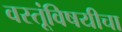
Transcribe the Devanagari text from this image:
वस्तूंविषयीचा